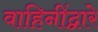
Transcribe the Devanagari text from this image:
वाहिनींद्वारे